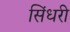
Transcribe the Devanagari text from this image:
सिंधरी